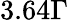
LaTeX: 3.64\Gamma